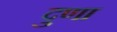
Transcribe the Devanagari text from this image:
दुणा